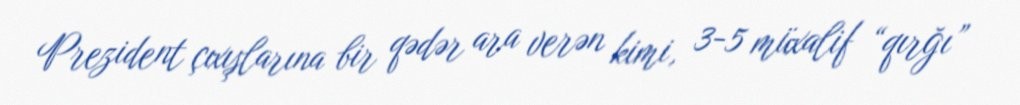
Prezident çıxışlarına bir qədər ara verən kimi, 3-5 müxalif “qırğı”